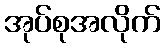
အုပ်စုအလိုက်